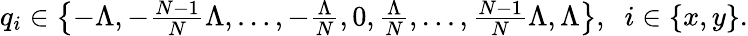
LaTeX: \begin{array}{r}{q_{i}\in\left\{ -\Lambda,-\frac{N-1}{N}\Lambda,\ldots,-\frac{\Lambda}{N},0,\frac{\Lambda}{N},\ldots,\frac{N-1}{N}\Lambda,\Lambda\right\} ,\; \; i\in\{ x,y\} .}\end{array}